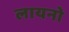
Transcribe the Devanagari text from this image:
लायनो